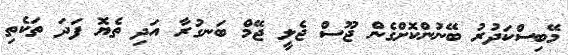
މޭބިސްކަދުރު ބޭނުންކޮށްގެން ޖޫސް ޖެލީ ޖޭމް ބަނގުރާ އަދި ތެޔޮ ފަދަ ތަކެތި